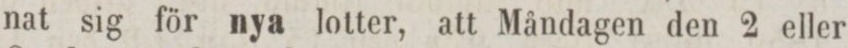
nat sig för nya lotter, att Måndagen den 2 eller